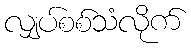
လျှပ်စစ်သံလိုက်